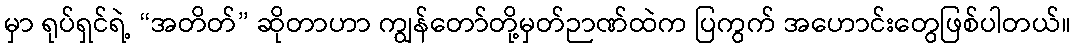
မှာ ရုပ်ရှင်ရဲ့ “အတိတ်” ဆိုတာဟာ ကျွန်တော်တို့မှတ်ဉာဏ်ထဲက ပြကွက် အဟောင်းတွေဖြစ်ပါတယ်။